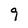
Character: 9